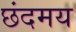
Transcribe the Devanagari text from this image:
छंदमय